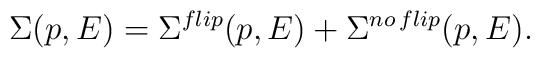
\Sigma (p,E) = \Sigma^{flip}(p,E)+\Sigma^{no\, flip}(p,E) .